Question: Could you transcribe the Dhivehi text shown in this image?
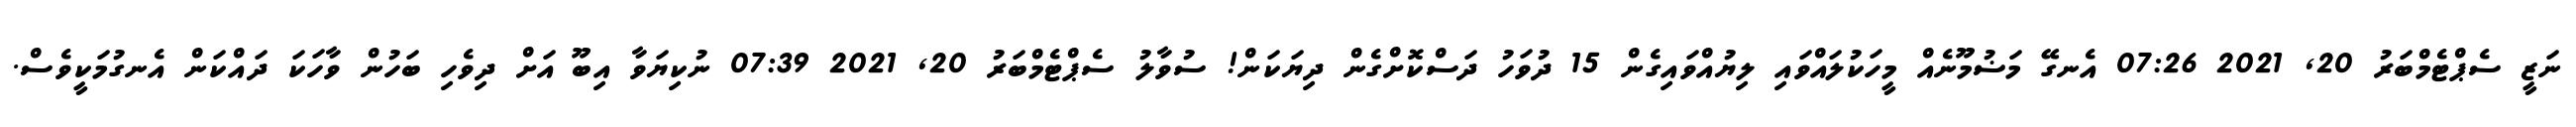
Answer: ނަޒީ ސެޕްޓެމްބަރު 20, 2021 07:26 އެނގޭ މަޟުމޫނެއް މީހަކުލައްވައި ލިޔުއްވައިގެން 15 ދުވަހު ދަސްކޮށްގެން ދިޔަކަން! ސުވާލު ސެޕްޓެމްބަރު 20, 2021 07:39 ނުކިޔަވާ އިބޫ އަށް ދިވެހި ބަހުން ވާހަކަ ދައްކަން އެނގުމަކީވެސް.